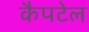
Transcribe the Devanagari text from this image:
कैपटेल